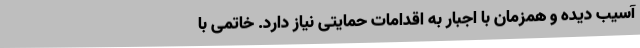
آسیب دیده و همزمان با اجبار به اقدامات حمایتی نیاز دارد. خاتمی با